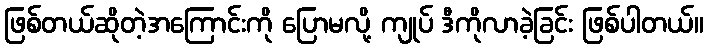
ဖြစ်တယ်ဆိုတဲ့အကြောင်းကို ပြောမလို့ ကျုပ် ဒီကိုလာခဲ့ခြင်း ဖြစ်ပါတယ်။